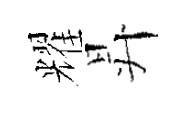
耀昇